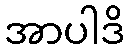
အာပါဒိ